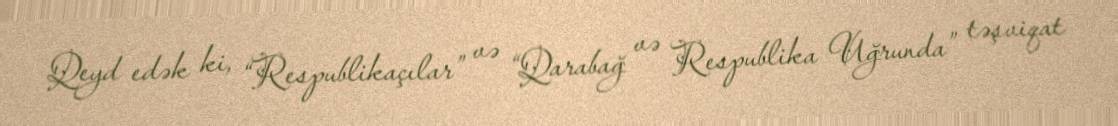
Qeyd edək ki, “Respublikaçılar” və “Qarabağ və Respublika Uğrunda” təşviqat